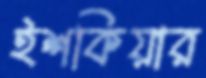
ইশকিয়ার